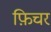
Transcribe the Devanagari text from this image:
फ़िचर